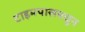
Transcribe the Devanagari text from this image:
टाइमपासमधून